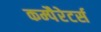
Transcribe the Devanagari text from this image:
कम्पैरेटर्स